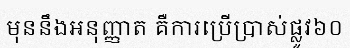
មុននឹងអនុញ្ញាត គឺការប្រើប្រាស់ផ្លូវ៦០